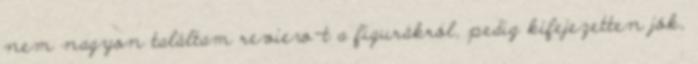
nem nagyon találtam review-t a figurákról, pedig kifejezetten jók,